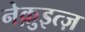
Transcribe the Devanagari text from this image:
नेक़ुइत्ज़